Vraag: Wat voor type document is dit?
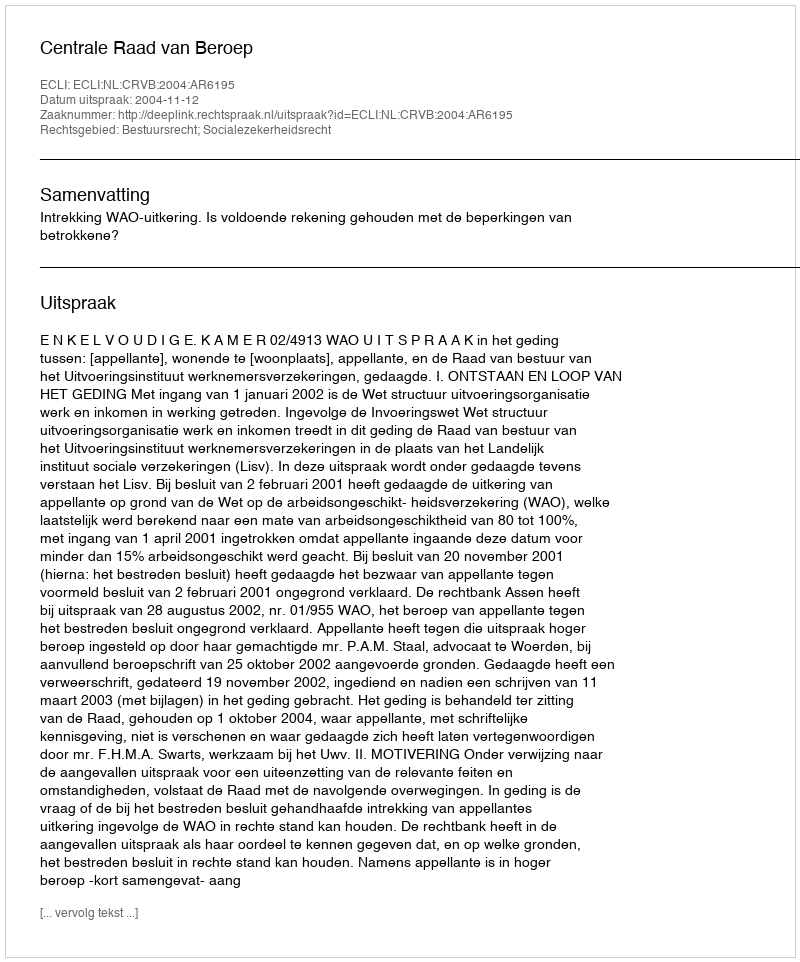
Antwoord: Uitspraak